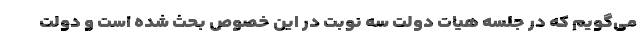
می‌گویم که در جلسه هیات دولت سه نوبت در این خصوص بحث شده است و دولت